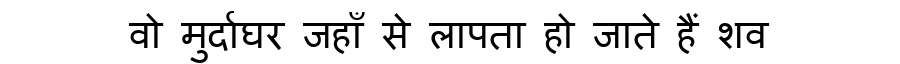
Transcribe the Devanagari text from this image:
वो मुर्दाघर जहाँ से लापता हो जाते हैं शव